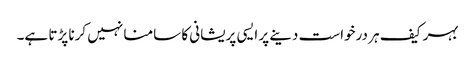
بہر کیف ہر درخواست دینے پر ایسی پریشانی کا سامنا نہیں کرنا پڑتا ہے۔